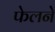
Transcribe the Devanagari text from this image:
फेलने